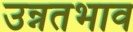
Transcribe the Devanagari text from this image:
उन्नतभाव